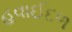
હવાઈદળ